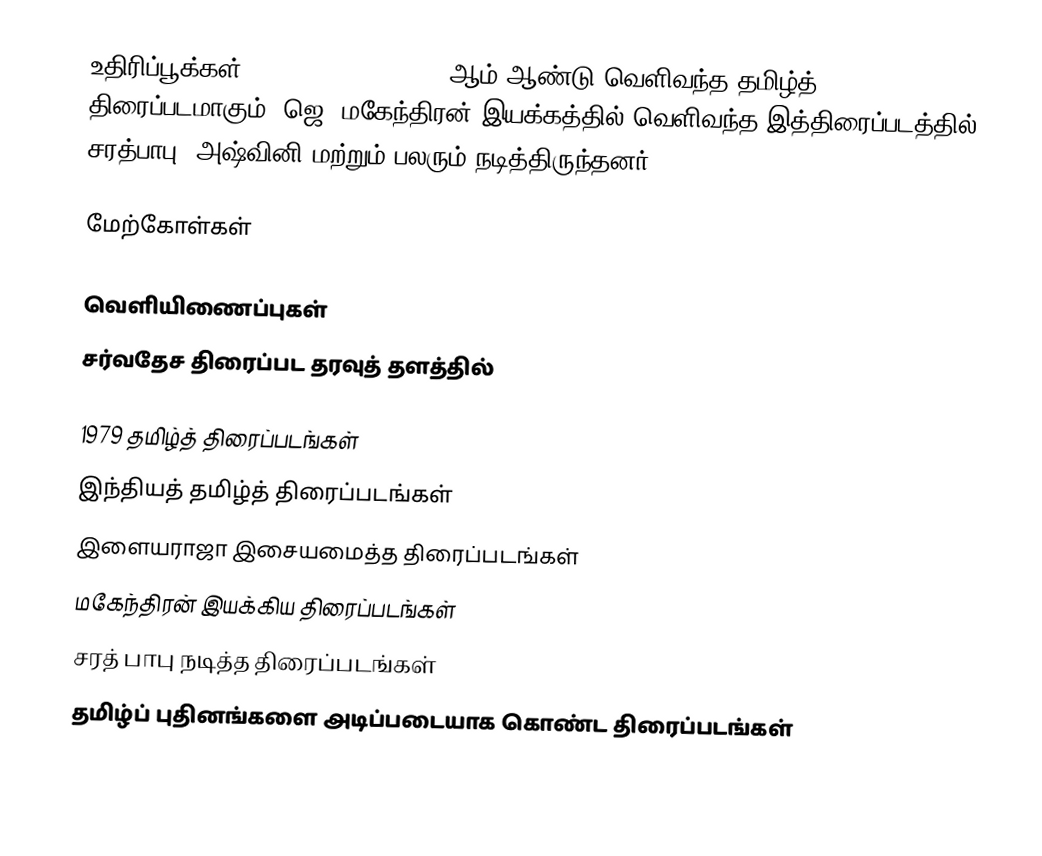
உதிரிப்பூக்கள் (Uthiripookkal) 1979 ஆம் ஆண்டு வெளிவந்த தமிழ்த் திரைப்படமாகும். ஜெ. மகேந்திரன் இயக்கத்தில்  வெளிவந்த இத்திரைப்படத்தில் சரத்பாபு, அஷ்வினி மற்றும் பலரும் நடித்திருந்தனர்.

மேற்கோள்கள்

வெளியிணைப்புகள்
சர்வதேச திரைப்பட தரவுத் தளத்தில்

1979 தமிழ்த் திரைப்படங்கள்
இந்தியத் தமிழ்த் திரைப்படங்கள்
இளையராஜா இசையமைத்த திரைப்படங்கள்
மகேந்திரன் இயக்கிய திரைப்படங்கள்
சரத் பாபு நடித்த திரைப்படங்கள்
தமிழ்ப் புதினங்களை அடிப்படையாக கொண்ட திரைப்படங்கள்